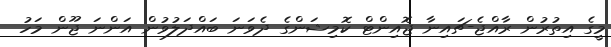
މީގެ އިތުރުން ރާއްޖެ-ޗައިނާ ޖޮއިންޓް ކޮމިޝަންގެ ދެވަނަ ބައްދަލުވުން އަންނަ ޖޫން މަހު